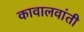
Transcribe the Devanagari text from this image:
कावालवांती